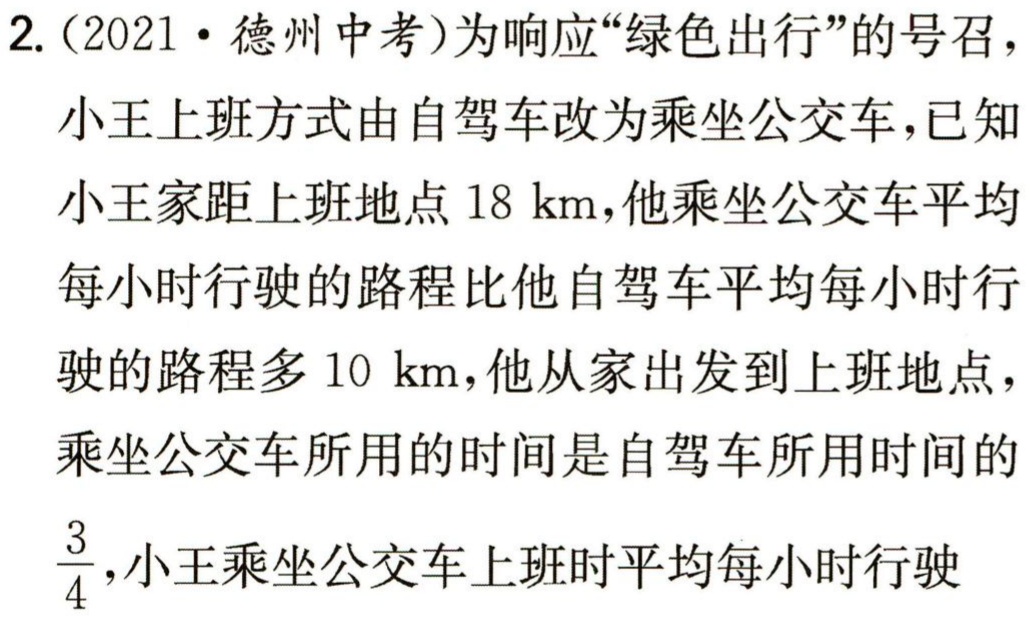
2.（2021·德州中考）为响应“绿色出行”的号召，小王上班方式由自驾车改为乘坐公交车，已知小王家距上班地点\(18\ \text{km}\)，他乘坐公交车平均每小时行驶的路程比他自驾车平均每小时行驶的路程多\(10\ \text{km}\)，他从家出发到上班地点，乘坐公交车所用的时间是自驾车所用时间的\(\frac{3}{4}\)，小王乘坐公交车上班时平均每小时行驶